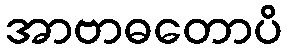
အာဗာဓတောပိ